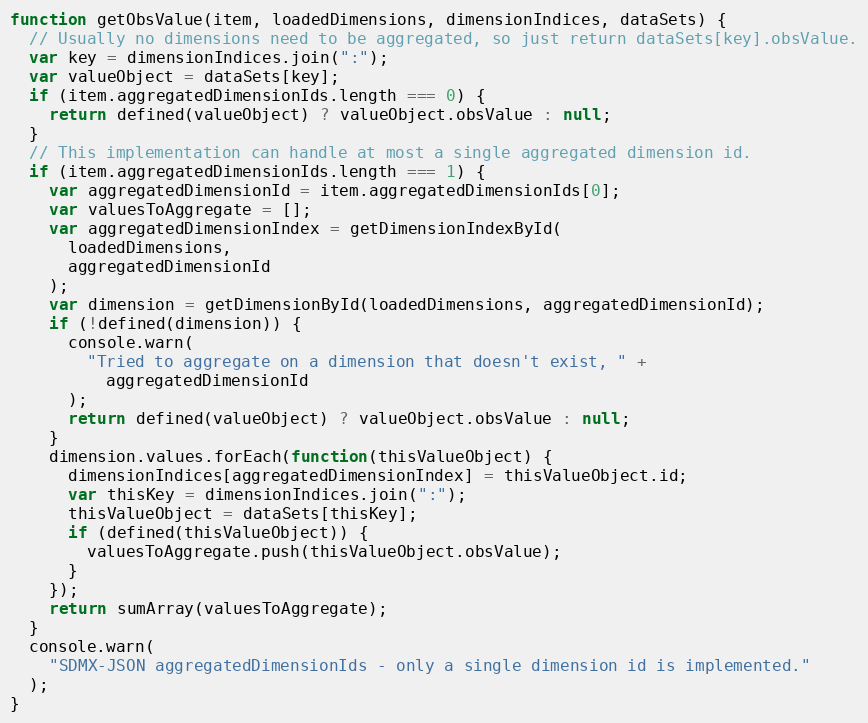
Language: JavaScript
function getObsValue(item, loadedDimensions, dimensionIndices, dataSets) {
  // Usually no dimensions need to be aggregated, so just return dataSets[key].obsValue.
  var key = dimensionIndices.join(":");
  var valueObject = dataSets[key];
  if (item.aggregatedDimensionIds.length === 0) {
    return defined(valueObject) ? valueObject.obsValue : null;
  }
  // This implementation can handle at most a single aggregated dimension id.
  if (item.aggregatedDimensionIds.length === 1) {
    var aggregatedDimensionId = item.aggregatedDimensionIds[0];
    var valuesToAggregate = [];
    var aggregatedDimensionIndex = getDimensionIndexById(
      loadedDimensions,
      aggregatedDimensionId
    );
    var dimension = getDimensionById(loadedDimensions, aggregatedDimensionId);
    if (!defined(dimension)) {
      console.warn(
        "Tried to aggregate on a dimension that doesn't exist, " +
          aggregatedDimensionId
      );
      return defined(valueObject) ? valueObject.obsValue : null;
    }
    dimension.values.forEach(function(thisValueObject) {
      dimensionIndices[aggregatedDimensionIndex] = thisValueObject.id;
      var thisKey = dimensionIndices.join(":");
      thisValueObject = dataSets[thisKey];
      if (defined(thisValueObject)) {
        valuesToAggregate.push(thisValueObject.obsValue);
      }
    });
    return sumArray(valuesToAggregate);
  }
  console.warn(
    "SDMX-JSON aggregatedDimensionIds - only a single dimension id is implemented."
  );
}